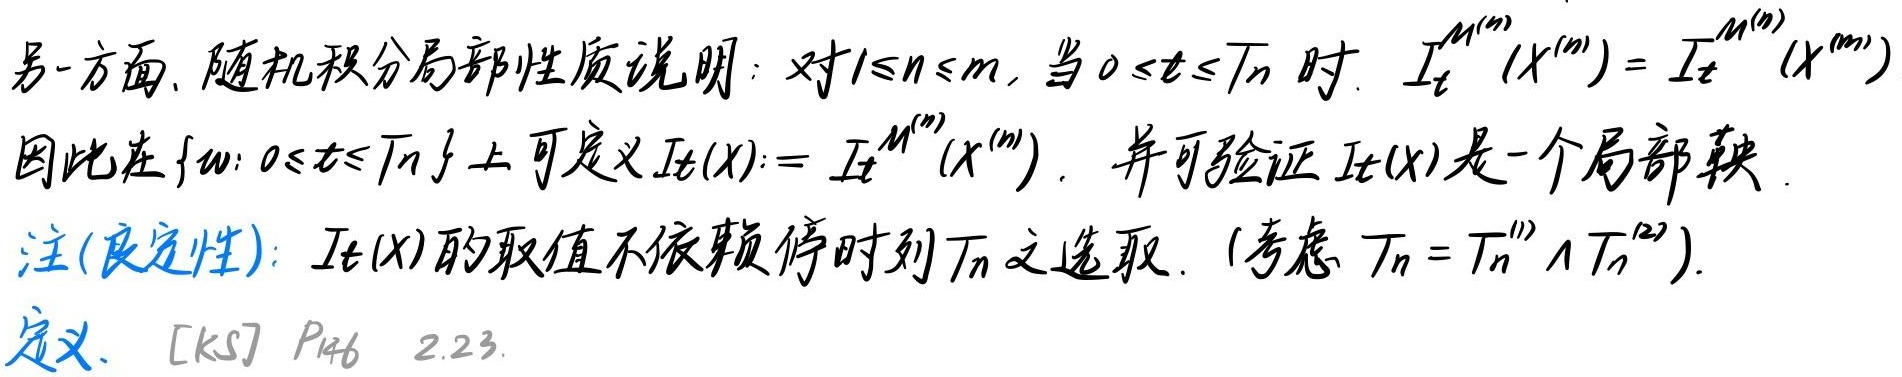
另一方面，随机积分局部性质说明：对 \(1\leq n\leq m\)，当 \(0\leq t\leq T_n\) 时， \(I_t^{M^{(n)}}(X^{(n)}) = I_t^{M^{(n)}}(X^{(m)})\)。

因此在 \(\{\omega: 0\leq t\leq T_n\}\) 上可定义 \(I_t(X):=I_t^{M^{(n)}}(X^{(m)})\)，并可验证 \(I_t(X)\) 是一个局部鞅。

注(良定性)：\(I_t(X)\) 的取值不依赖停时刻 \(T_n\) 之选取。（考虑 \(T_n = T_n^{(1)}\wedge T_n^{(2)}\)）。

定义. [KS] \(P_{46}\) \(2.23\)。